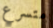
متسرع